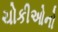
ચોકીઓનો